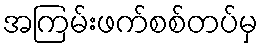
အကြမ်းဖက်စစ်တပ်မှ